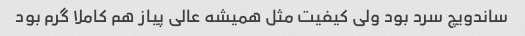
ساندویچ سرد بود ولى کیفیت مثل همیشه عالى پیاز هم کاملا گرم بود